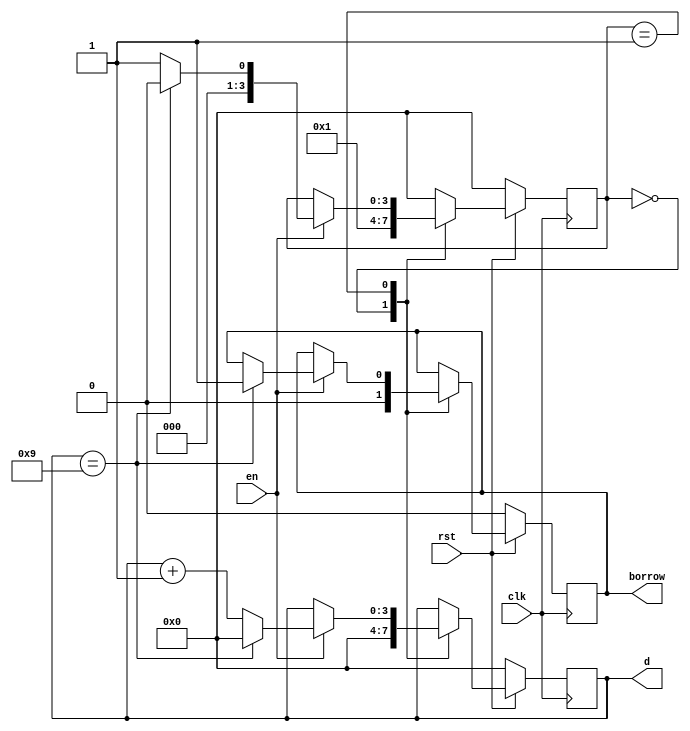

module scdig1(clk, rst, en, borrow, d);
input clk, rst, en;
output reg borrow;
output reg [3:0]d;
parameter init=0, dc1=1;
reg [3:0]state;
always @(posedge clk)
  begin
    if (rst==0)
      begin
        borrow<=0;
        d<=4'h0;
        state<=init;
      end
    else
      begin
      case(state)
        init:
          begin
            d<=4'h0;
            borrow<=0;
            state<=dc1;
          end
        dc1:
          begin
            if(en==1)
              begin
                if(d==4'h9)
                  begin
                    borrow<=1'b1;
                    d<=4'h0;
                    state<=init;
                  end
                else
                  begin 
                    d<=d+4'h1; 
                    state<= dc1;
                  end
              end
          end
        default:
          begin
            state<=init;
          end
      endcase
      end
  end
endmodule